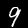
Label: 9